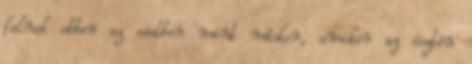
falnak ebben az esetben mint máskor, amikor az ösztön